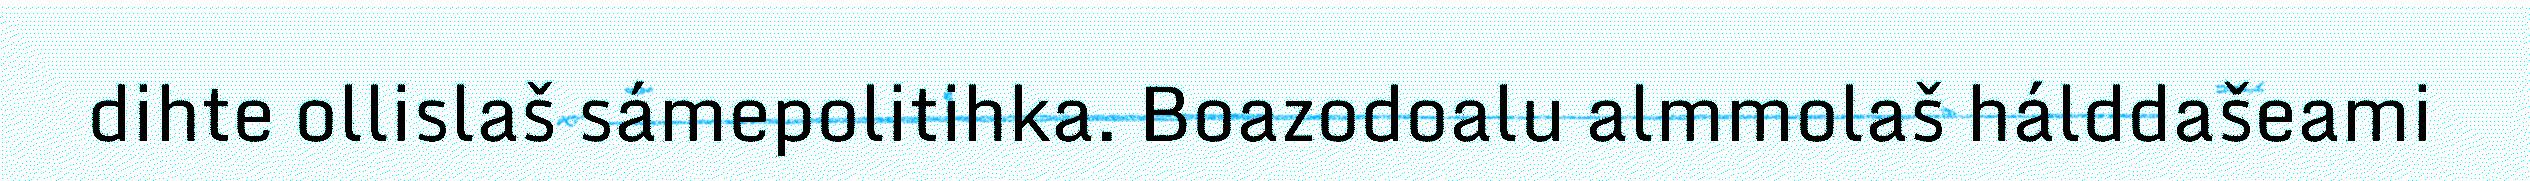
dihte ollislaš sámepolitihka. Boazodoalu almmolaš hálddašeami